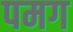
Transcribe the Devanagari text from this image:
पमग